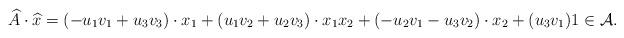
LaTeX: \begin{align*}\widehat{A} \cdot \widehat{x}=(-u_1 v_1 + u_3 v_3)\cdot x_1 + (u_1v_2+u_2v_3)\cdot x_1x_2 + (-u_2v_1-u_3v_2)\cdot x_2 + (u_3v_1) 1\in \mathcal{A}.\end{align*}